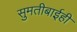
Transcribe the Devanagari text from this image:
सुमतीबाईही